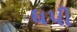
ધપી